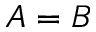
A = B